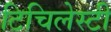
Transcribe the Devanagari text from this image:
टिचिलेस्टी